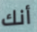
أنك